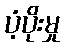
ပံ့ပိုးမှု